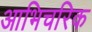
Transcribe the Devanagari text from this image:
आभिचरिक